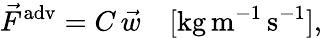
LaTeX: \vec{F}^{\mathrm{adv}}=C\, \vec{w}\quad[\mathrm{kg}\, \mathrm{m}^{-1}\, \mathrm{s}^{-1}],